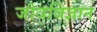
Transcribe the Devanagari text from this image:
जीवविज्ञान